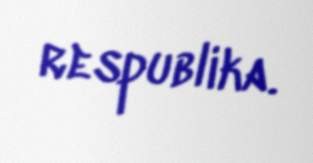
respublika.